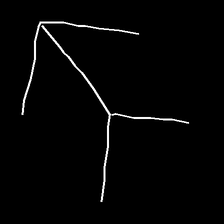
Glyph: gather